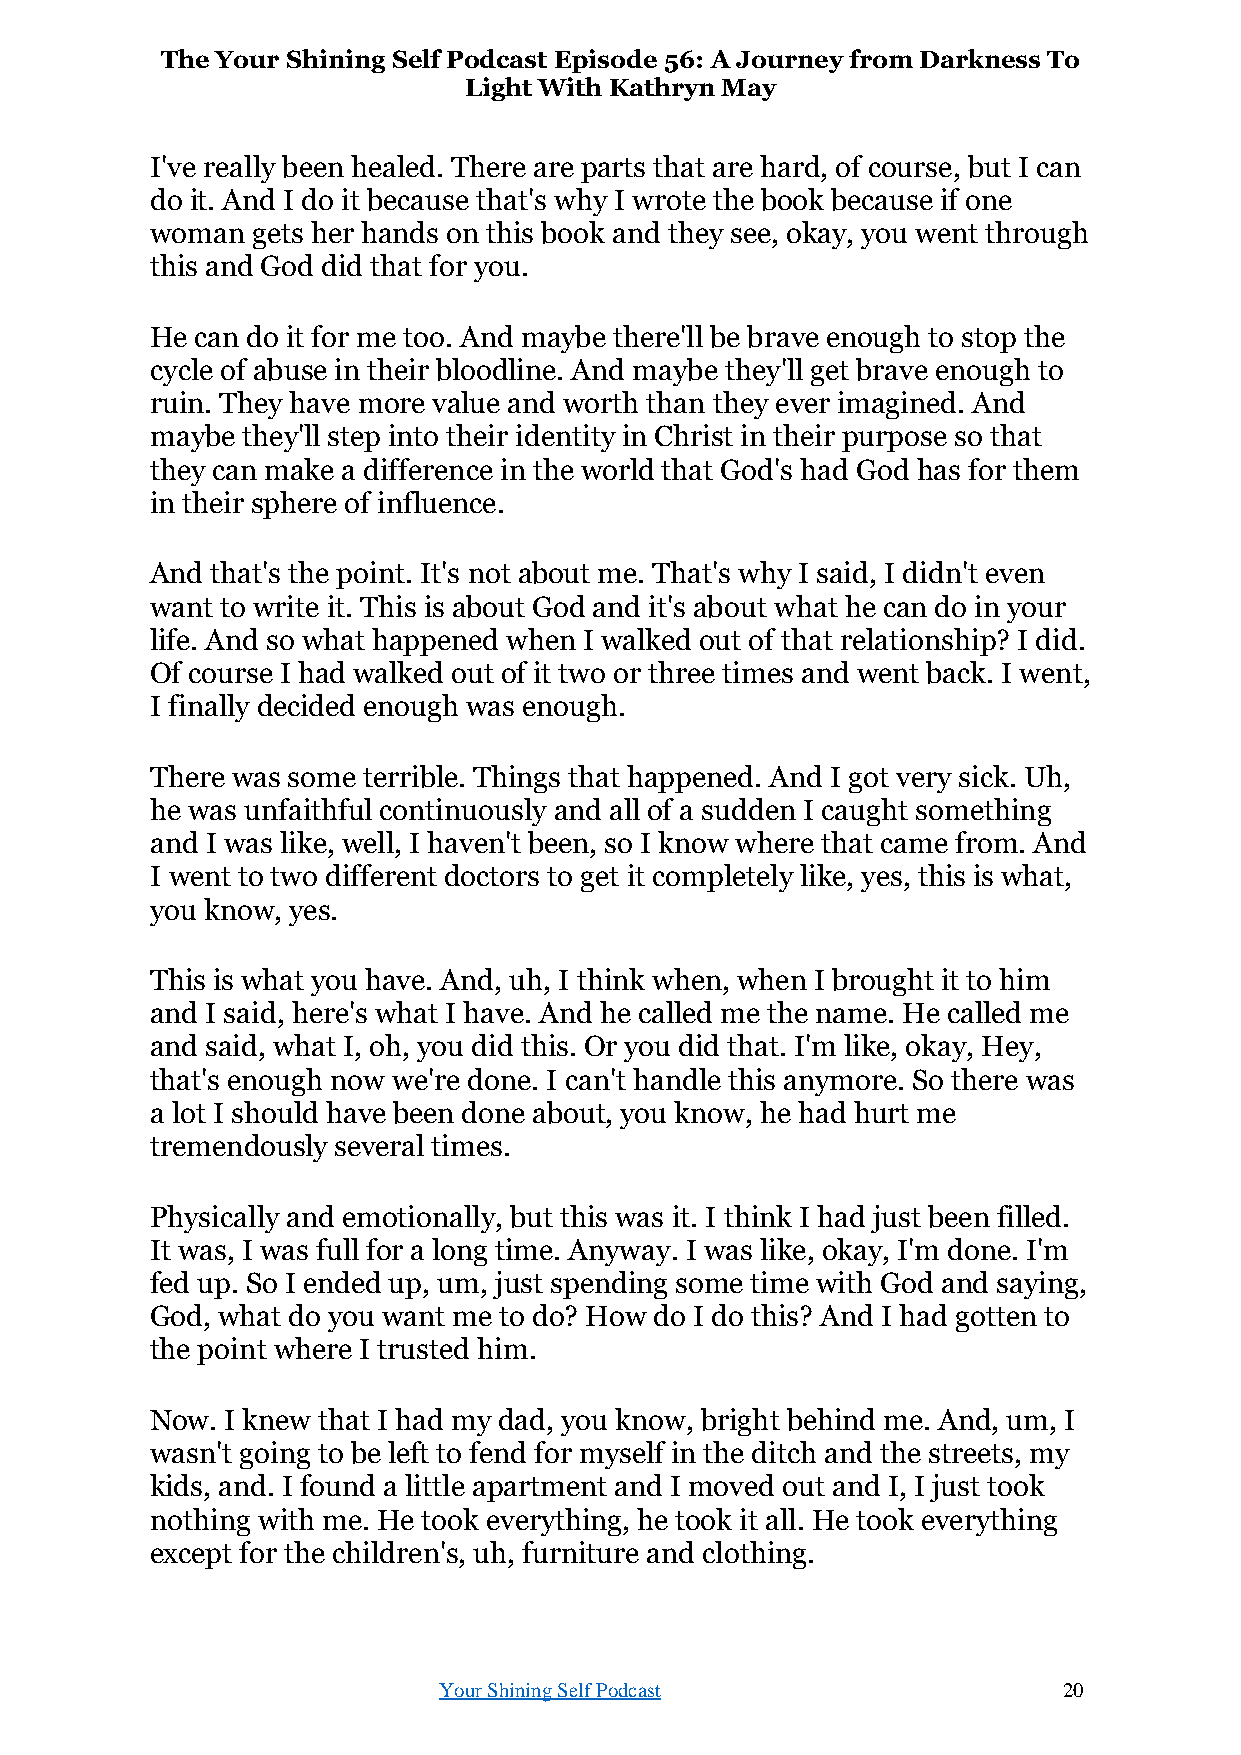
The Your Shining Self Podcast Episode 56: A Journey from Darkness To
 Light With Kathryn May
 I've really been healed. There are parts that are hard, of course, but I can
 do it. And I do it because that's why I wrote the book because if one
 woman  gets her hands on this book and they see, okay, you went through
 this and God did that for you.
 He can do it for me too. And maybe there'll be brave enough to stop the
 cycle of abuse in their bloodline. And maybe they'll get brave enough to
 ruin. They have more value and worth than they ever imagined. And
 maybe they'll step into their identity in Christ in their purpose so that
 they can make a difference in the world that God's had God has for them
 in their sphere of influence.
 And that's the point. It's not about me. That's why I said, I didn't even
 want to write it. This is about God and it's about what he can do in your
 life. And so what happened when I walked out of that relationship? I did.
 Of course I had walked out of it two or three times and went back. I went,
 I finally decided enough was enough.
 There was some terrible. Things that happened. And I got very sick. Uh,
 he was unfaithful continuously and all of a sudden I caught something
 and I was like, well, I haven't been, so I know where that came from. And
 I went to two different doctors to get it completely like, yes, this is what,
 you know, yes.
 This is what you have. And, uh, I think when, when I brought it to him
 and I said, here's what I have. And he called me the name. He called me
 and said, what I, oh, you did this. Or you did that. I'm like, okay, Hey,
 that's enough now we're done. I can't handle this anymore. So there was
 a lot I should have been done about, you know, he had hurt me
 tremendously several times.
 Physically and emotionally, but this was it. I think I had just been filled.
 It was, I was full for a long time. Anyway. I was like, okay, I'm done. I'm
 fed up. So I ended up, um, just spending some time with God and saying,
 God, what do you want me to do? How do I do this? And I had gotten to
 the point where I trusted him.
 Now. I knew that I had my dad, you know, bright behind me. And, um, I
 wasn't going to be left to fend for myself in the ditch and the streets, my
 kids, and. I found a little apartment and I moved out and I, I just took
 nothing with me. He took everything, he took it all. He took everything
 except for the children's, uh, furniture and clothing.
 Your Shining Self Podcast                20